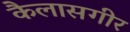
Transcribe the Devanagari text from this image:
कैलासगीर